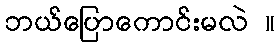
ဘယ်ပြောကောင်းမလဲ ။